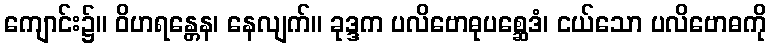
ကျောင်း၌။ ဝိဟရန္တေန၊ နေလျက်။ ခုဒ္ဒက ပလိဗောဓုပစ္ဆေဒံ၊ ငယ်သော ပလိဗောဓကို